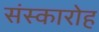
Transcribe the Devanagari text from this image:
संस्कारोह